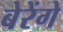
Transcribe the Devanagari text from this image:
बेरेंगे